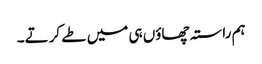
ہم راستہ چھاؤں ہی میں طے کرتے۔